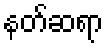
နတ်ဆရာ